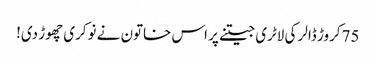
75کروڑ ڈالر کی لاٹری جیتنے پر اس خاتون نے نوکری چھوڑ دی!